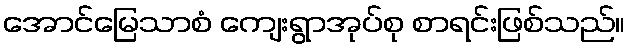
အောင်မြေသာစံ ကျေးရွာအုပ်စု စာရင်းဖြစ်သည်။